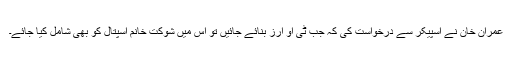
عمران خان نے اسپیکر سے درخواست کی کہ جب ٹی او آرز بنائے جائیں تو اس میں شوکت خانم اسپتال کو بھی شامل کیا جائے۔